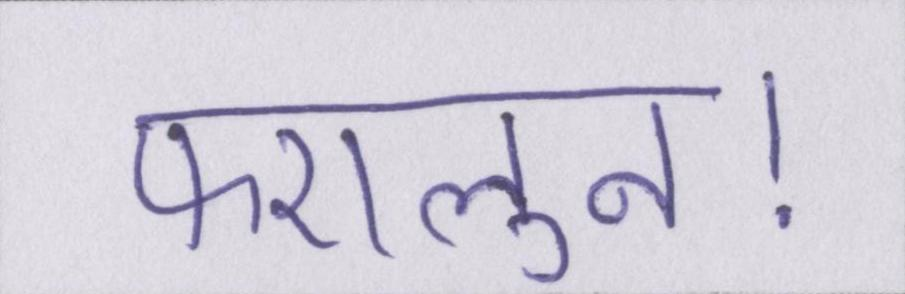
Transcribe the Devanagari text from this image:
फएलुन।